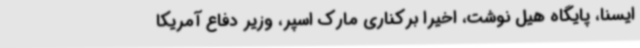
ایسنا، پایگاه هیل نوشت، اخیرا برکناری مارک اسپر، وزیر دفاع آمریکا